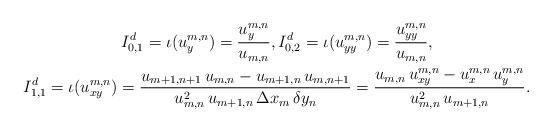
LaTeX: \begin{align*}\begin{gathered}I_{0,1}^d=\iota(u^{m,n}_y)=\frac{u_y^{m,n}}{u_{m,n}},I_{0,2}^d=\iota(u_{yy}^{m,n})=\frac{u_{yy}^{m,n}}{u_{m,n}},\\I_{1,1}^d=\iota(u_{xy}^{m,n})=\frac{u_{m+1,n+1}\, u_{m,n}-u_{m+1,n}\, u_{m,n+1}}{ u_{m,n}^2\,u_{m+1,n}\, \Delta x_m\,\delta y_n} = \frac{u_{m,n}\, u_{xy}^{m,n} - u_x^{m,n}\, u_y^{m,n}}{u_{m,n}^2\, u_{m+1,n}}.\end{gathered}\end{align*}